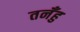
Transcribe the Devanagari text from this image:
तनँहु